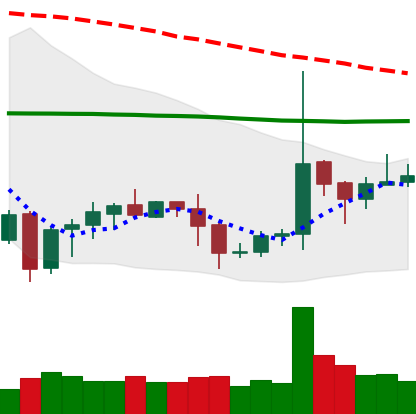
Ticker: EOS-USD
Chart end date: 2020-10-11
Forward return: -4.564%
Label: down_3_5